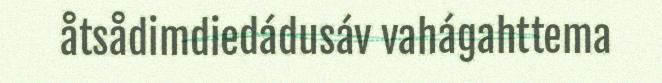
åtsådimdiedádusáv vahágahttema